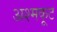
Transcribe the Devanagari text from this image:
अश्मकूट